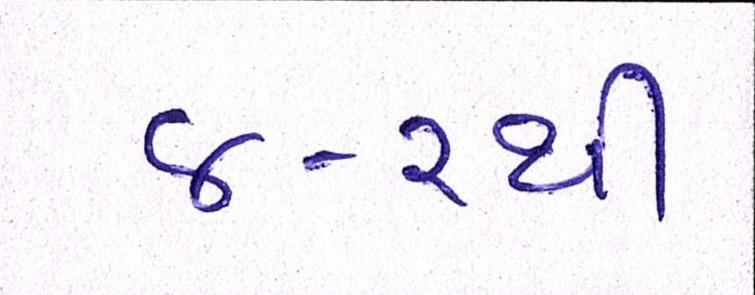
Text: ૪-૨થી